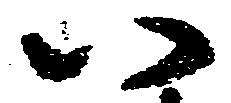
八